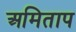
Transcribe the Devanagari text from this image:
अमिताप